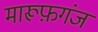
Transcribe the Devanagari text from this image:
मारूफ़गंज